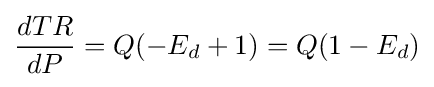
{\frac {dTR}{dP}}=Q(-E_{d}+1)=Q(1-E_{d})